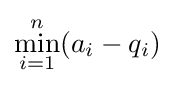
\min _{i=1}^{n}(a_{i}-q_{i})